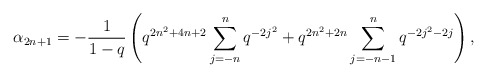
\begin{align*} \alpha_{2n+1} = -\frac{1}{1-q}\left(q^{2n^2+4n+2}\sum_{j=-n}^{n} q^{-2j^2} + q^{2n^2+2n}\sum_{j=-n-1}^n q^{-2j^2-2j}\right),\end{align*}